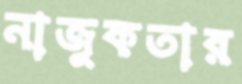
নাজুকতার